Vaccination United Provinces of Agra and Oudh 1902-1913 - 1902-1913
Year: 1902
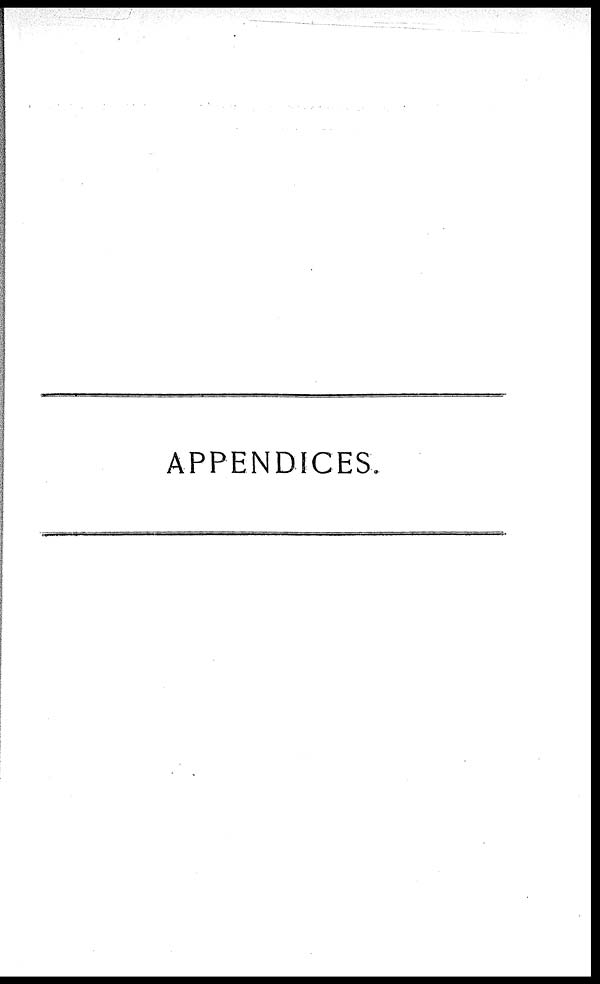
APPENDICES.